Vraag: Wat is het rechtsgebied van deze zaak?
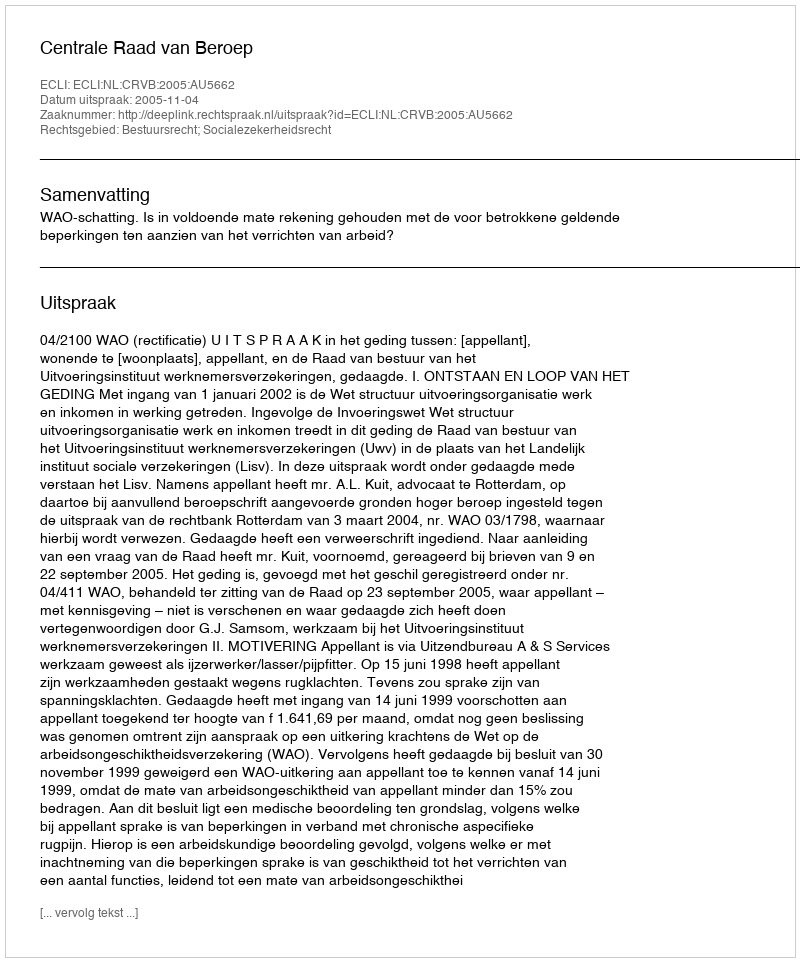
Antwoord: Bestuursrecht; Socialezekerheidsrecht